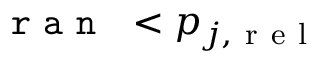
\mathrm { ~ \tt ~ { ~ r ~ a ~ n ~ } ~ } < p _ { j , \mathrm { ~ r ~ e ~ l ~ } }